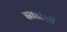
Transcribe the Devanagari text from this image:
झाडांशी